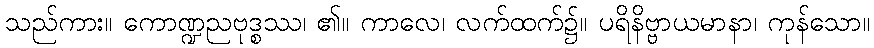
သည်ကား။ ကောဏ္ဍညဗုဒ္စဿ၊ ၏။ ကာလေ၊ လက်ထက်၌။ ပရိနိဗ္ဗာယမာနာ၊ ကုန်သော။